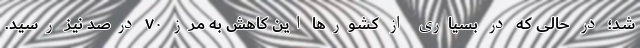
شد؛ در حالی که در بسیاری از کشورها این کاهش به مرز ۷۰ درصد نیز رسید.